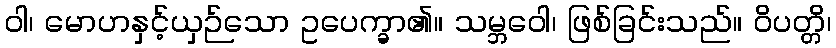
ဝါ၊ မောဟနှင့်ယှဉ်သော ဥပေက္ခာ၏။ သမ္ဘဝေါ၊ ဖြစ်ခြင်းသည်။ ဝိပတ္တိ၊